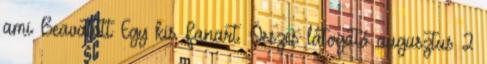
ami Beavatott Egy kis Fanart. Összes látogató augusztus 2